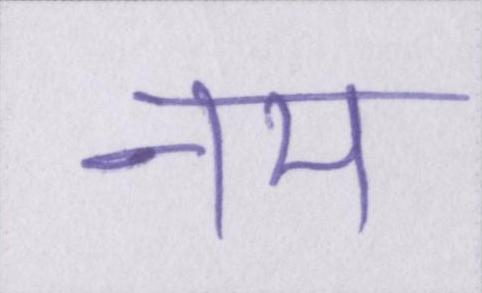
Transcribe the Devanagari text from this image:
नम